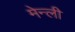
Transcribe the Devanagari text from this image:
मेन्ली